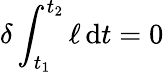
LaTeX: \delta\int_{t_{1}}^{t_{2}}\ell\, \mathrm{d}t=0